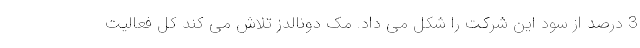
3 درصد از سود این شرکت را شکل می داد. مک دونالدز تلاش می کند کل فعالیت